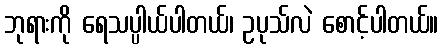
ဘုရားကို ရေသပ္ပါယ်ပါတယ်၊ ဥပုသ်လဲ စောင့်ပါတယ်။